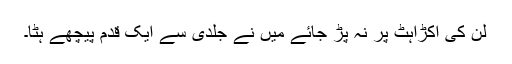
لن کی اکڑاہٹ پر نہ پڑ جائے میں نے جلدی سے ایک قدم پیچھے ہٹا۔